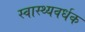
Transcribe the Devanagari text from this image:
स्‍वास्‍थ्‍यवर्धक